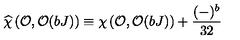
\widehat { \chi } \left( { \cal O } , { \cal O } ( b J ) \right) \equiv \chi \left( { \cal O } , { \cal O } ( b J ) \right) + { \frac { ( - ) ^ { b } } { 3 2 } }